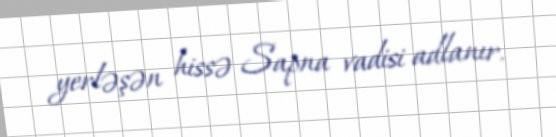
yerləşən hissə Sapna vadisi adlanır.